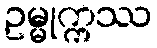
ဥမ္မုက္ကဿ